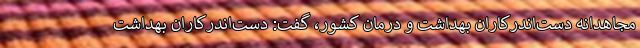
مجاهدانه دست‌اندرکاران بهداشت و درمان کشور، گفت: دست‌اندرکاران بهداشت